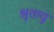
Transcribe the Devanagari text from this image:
श्रुतायु